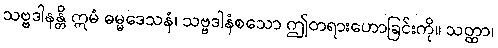
သဗ္ဗဒါနန္တိ ဣမံ ဓမ္မဒေသနံ၊ သဗ္ဗဒါနံစသော ဤတရားဟောခြင်းကို။ သတ္ထာ၊